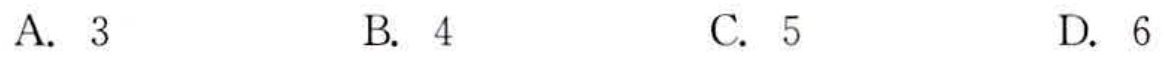
A. \(3\)  B. \(4\)  C. \(5\)  D. \(6\)